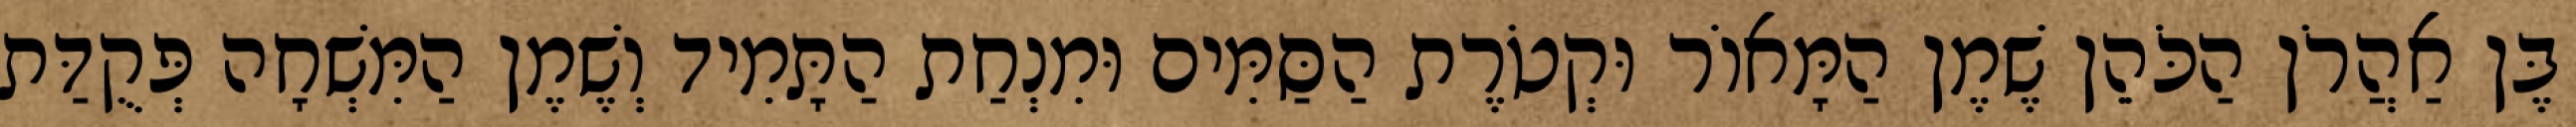
בֶּן אַהֲרֹן הַכֹּהֵן שֶׁמֶן הַמָּאוֹר וּקְטֹרֶת הַסַּמִּים וּמִנְחַת הַתָּמִיד וְשֶׁמֶן הַמִּשְׁחָה פְּקֻדַּת